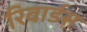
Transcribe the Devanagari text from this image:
रिवार्डस